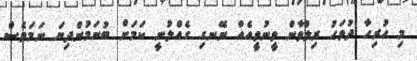
މި ހުރިހާ ދުވަހު ރިލްވާން ވީނުވީއެއް ނޭނގި ގެއްލުނީ ކަމަށް ބުނަމުންދިޔަ ނަމަވެސް